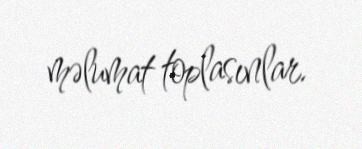
məlumat toplasınlar.